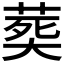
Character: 𦵏